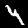
Digit: 4